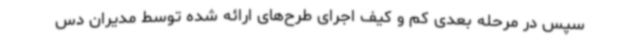
سپس در مرحله بعدی کم و کیف اجرای طرح‌های ارائه شده توسط مدیران دس